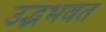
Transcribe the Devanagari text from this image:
उद्भभवत